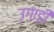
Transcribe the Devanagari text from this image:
उगाड़ी